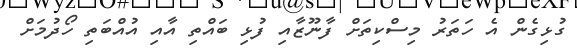
ގުޅިގެން އެ ހަތަރު މިސްކިތަށް ފާނޫޒާއި ފުޅި ބައްތި އާއި އުއްބަތި ހޯދުމަށް